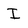
Character: I